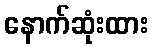
နောက်ဆုံးထား